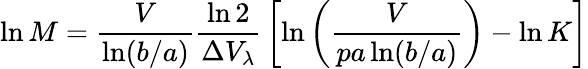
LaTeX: \ln M={\frac{V}{\ln(b/a)}}{\frac{\ln 2}{\Delta V_{\lambda}}}\left[\ln\left({\frac{V}{pa\ln(b/a)}}\right)-\ln K\right]